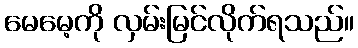
မေမေ့ကို လှမ်းမြင်လိုက်ရသည်။